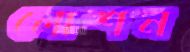
লোশন